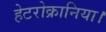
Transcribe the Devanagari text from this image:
हेटरोक्रानिया।